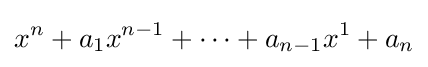
x^{n}+a_{1}x^{n-1}+\cdots +a_{n-1}x^{1}+a_{n}